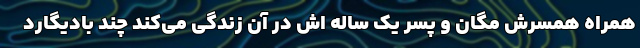
همراه همسرش مگان و پسر یک ساله اش در آن زندگی می‌کند چند بادیگارد